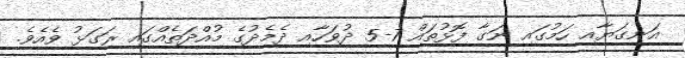
އަނގަޔާއި ހަމުގައި ނަގާ ފޮޅުތައް 7-5 ދުވަހާއި ދެމެދުގެ މުއްދަތެއްގައި ރަގަޅު ވެއެވެ.